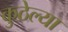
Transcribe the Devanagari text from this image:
कुठेल्या